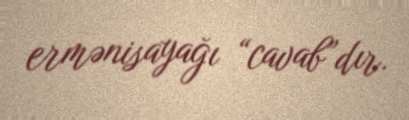
ermənisayağı “cavab”dır.